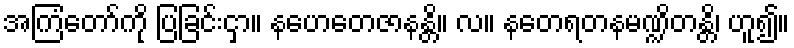
အကြံတော်ကို ပြခြင်းငှာ။ နဟေတေဇာနန္တိ။ လ။ နတေရတနမဏ္ဍိတန္တိ၊ ဟူ၍။